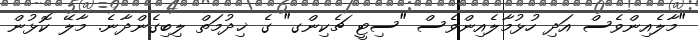
"މާލެއިންވެސް އަދި ހުޅުމާލެއިންވެސް "ސިޓީ ޗެކިންގ" ގެ ޚިދުމަތް ލިބިގެންދާނެ. މާލޭ ކޮޅުން